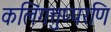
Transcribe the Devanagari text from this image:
कलिंगत्तुप्परणि